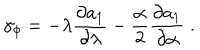
\gamma _ { \phi } = - \lambda \frac { \partial a _ { 1 } } { \partial \lambda } - \frac { \alpha } { 2 } \frac { \partial a _ { 1 } } { \partial \alpha } \; .